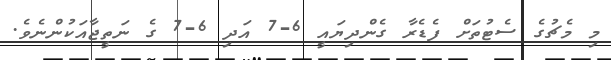
މި މެޗުގެ ސެޓުތަށް ފެޑެރާ ގެންދިޔައީ 6-7 އަދި 6-7 ގެ ނަތީޖާއަކުންނެވެ.